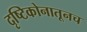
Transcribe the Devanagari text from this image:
दृष्टिकोनातूनच